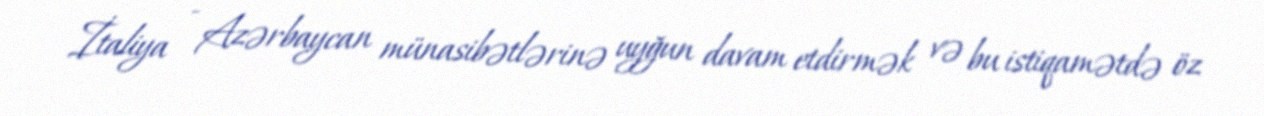
İtaliya - Azərbaycan münasibətlərinə uyğun davam etdirmək və bu istiqamətdə öz